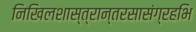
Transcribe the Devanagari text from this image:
निखिलशास्त्रान्तरसासंग्रहभि